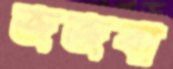
জজবা